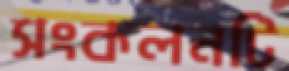
সংকলনটি